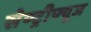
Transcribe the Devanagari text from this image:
सेण्ट्रीफ्यूज